Annual report of the Bengal Veterinary College and of the Civil Veterinary Department, Bengal, for the year 1919-20 - 1919-1920
Year: 1919
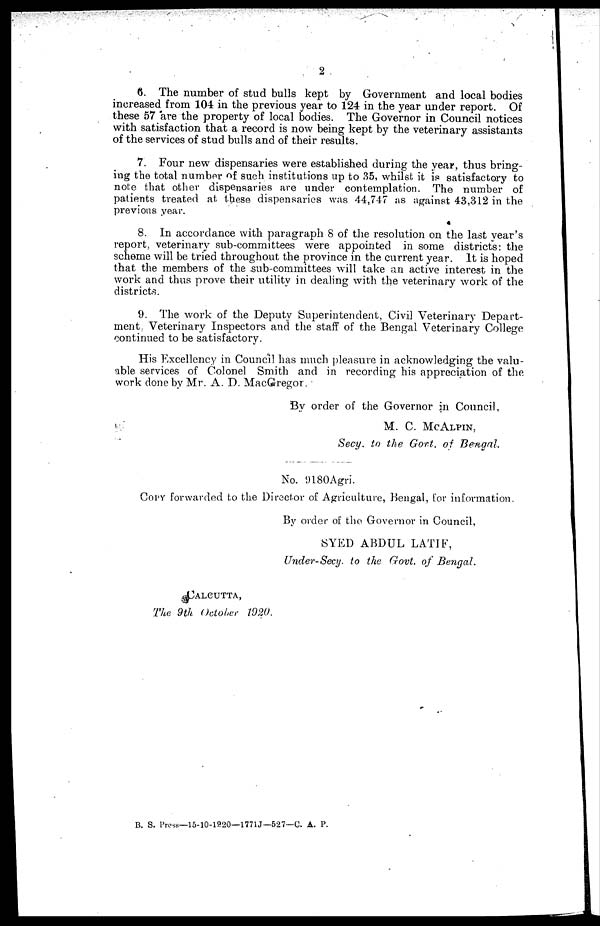
2
6. The number of stud bulls kept by Government and local bodies
increased from 104 in the previous year to 124 in the year under report. Of
these 57 are the property of local bodies. The Governor in Council notices
with satisfaction that a record is now being kept by the veterinary assistants
of the services of stud bulls and of their results.
7. Four new dispensaries were established during the year, thus bring-
ing the total number of such institutions up to 35, whilst it is satisfactory to
note that other dispensaries are under contemplation. The number of
patients treated at these dispensaries was 44,747 as against 43,312 in the
previous year.
8. In accordance with paragraph 8 of the resolution on the last year's
report, veterinary sub-committees were appointed in some districts: the
scheme will be tried throughout the province in the current year. It is hoped
that the members of the sub-committees will take an active interest in the
work and thus prove their utility in dealing with the veterinary work of the
districts.
9. The work of the Deputy Superintendent, Civil Veterinary Depart-
ment Veterinary Inspectors and the staff of the Bengal Veterinary College
continued to be satisfactory.
His Excellency in Council has much pleasure in acknowledging the valu-
able services of Colonel Smith and in recording his appreciation of the
work done by Mr. A. D. MacGregor.
By order of the Governor in Council,
M. C. MCALPIN,
Secy. to the Govt. of Bengal.
No. 9180Agri.
COPY forwarded to the Director of Agriculture, Bengal, for information.
By order of the Governor in Council,
SYED ABDUL LATIF,
Under-Secy. to the Govt. of Bengal.
CALCUTTA,
The 9th October 1920.
B. S. Press—15-10-1920—1771J—527—C. A. P.